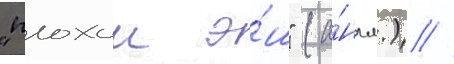
"плохои э́ш" (а́нгл.) //